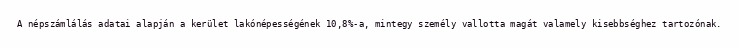
A népszámlálás adatai alapján a kerület lakónépességének 10,8%-a, mintegy személy vallotta magát valamely kisebbséghez tartozónak.